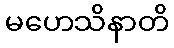
မဟေသိနာတိ